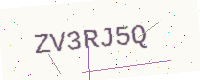
Text: ZV3RJ5Q